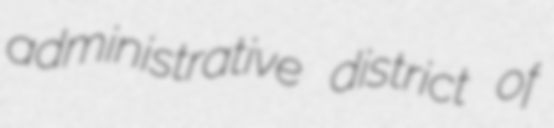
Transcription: administrative district of